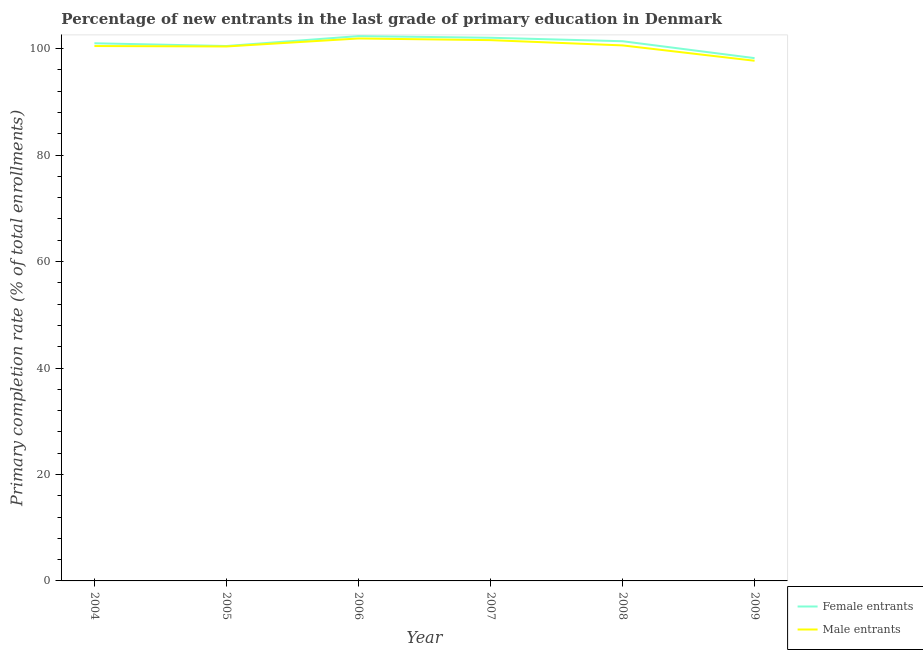
| Year | Female entrants | Male entrants |
 | --- | --- | --- |
 | 2004 | 101 | 100 |
 | 2005 | 100 | 100 |
 | 2006 | 102 | 102 |
 | 2007 | 102 | 102 |
 | 2008 | 101 | 101 |
 | 2009 | 98.2 | 97.7 |